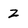
Character: Z